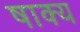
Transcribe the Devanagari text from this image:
षाक्य